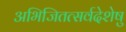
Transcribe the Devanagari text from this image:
अभिजितत्सर्वदेशेषु